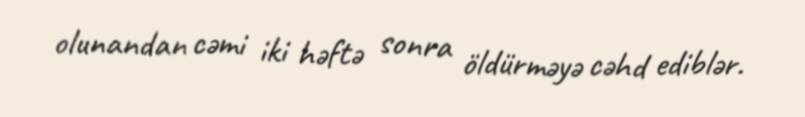
olunandan cəmi iki həftə sonra öldürməyə cəhd ediblər.